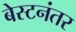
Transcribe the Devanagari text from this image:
बेस्टनंतर